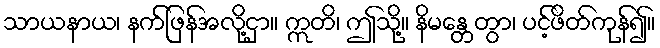
သာယနာယ၊ နက်ဖြန်အလို့ငှာ။ ဣတိ၊ ဤသို့။ နိမန္တေတွာ၊ ပင့်ဖိတ်ကုန်၍။